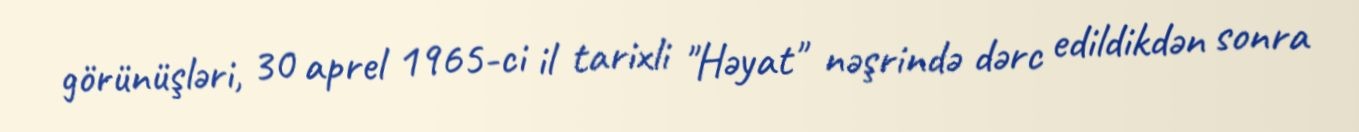
görünüşləri, 30 aprel 1965-ci il tarixli "Həyat" nəşrində dərc edildikdən sonra